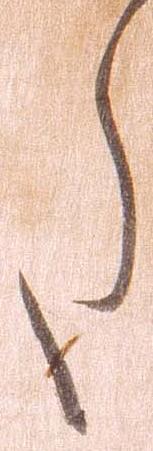
た